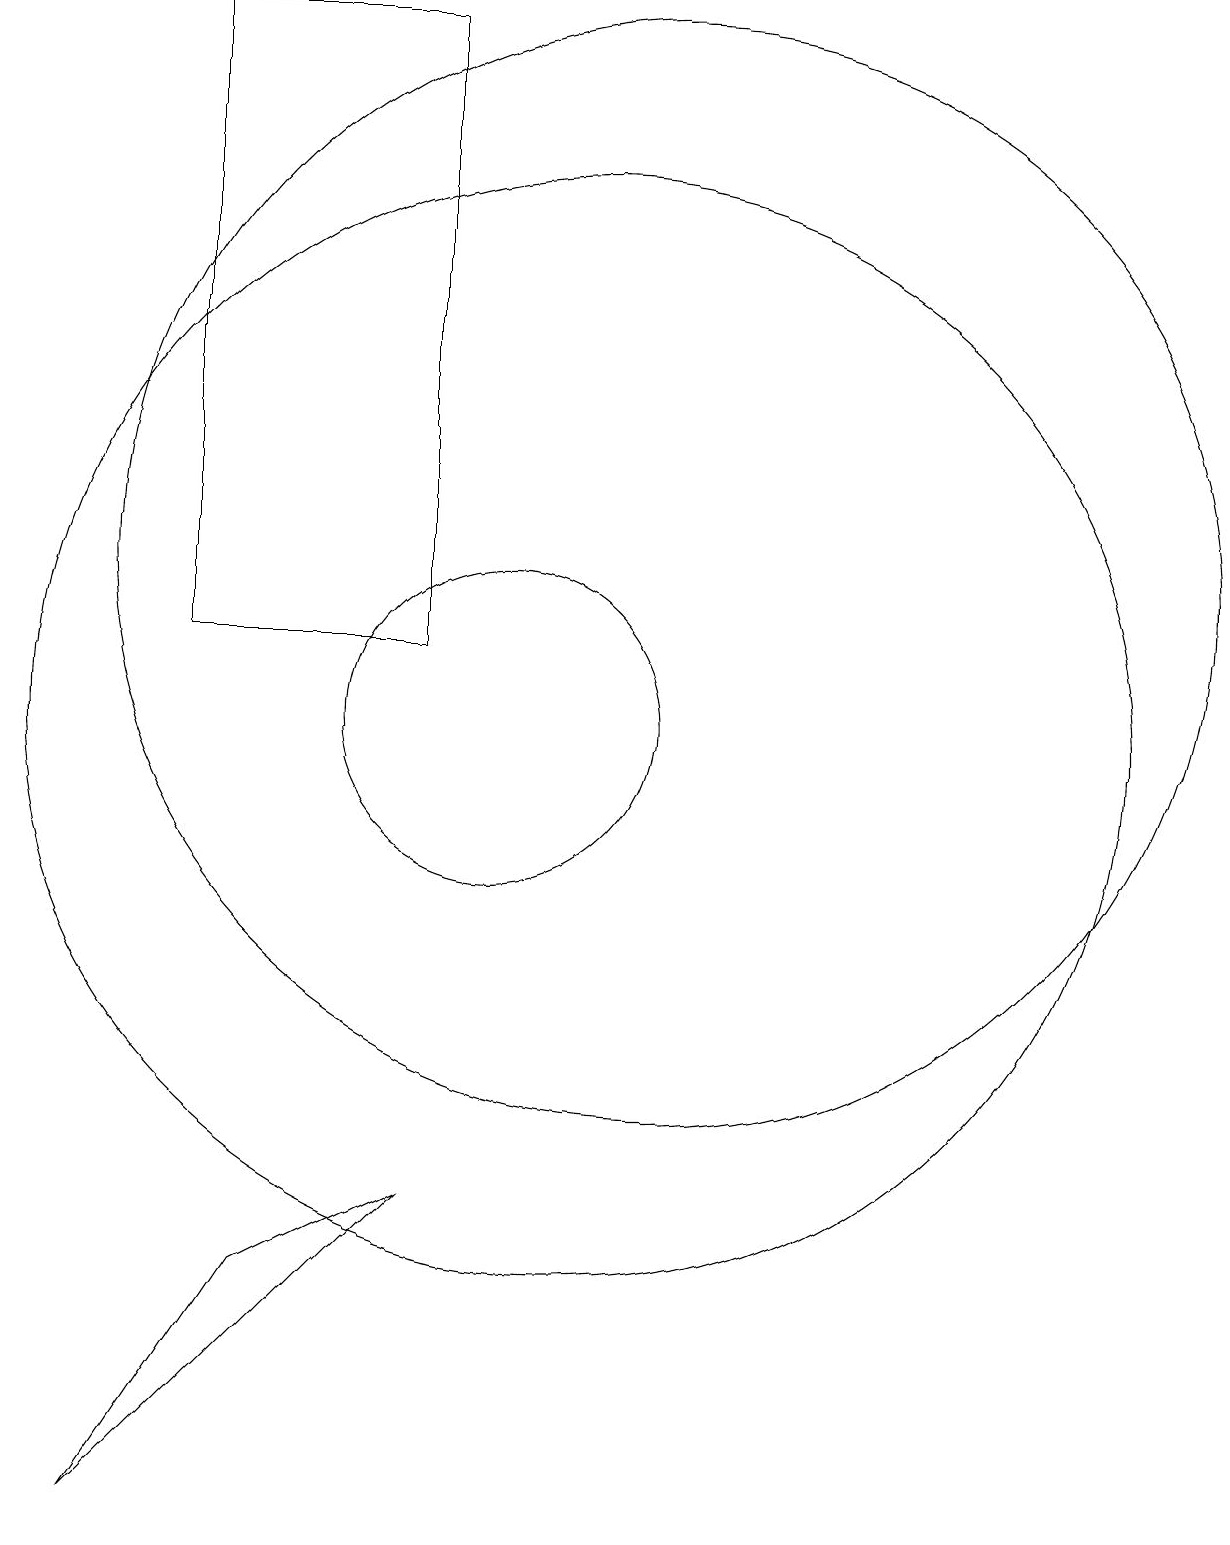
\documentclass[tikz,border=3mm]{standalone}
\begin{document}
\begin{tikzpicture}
\draw (12,12) circle (7);
\draw (10,10) circle (2);
\draw (6,11) rectangle (9,19);
\draw (5,0) -- (7,3) -- (9,4) -- cycle;
\draw (11,10) circle (7);
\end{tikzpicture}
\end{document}